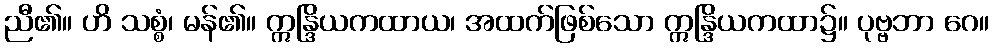
ညီ၏။ ဟိ သစ္စံ၊ မန်၏။ ဣန္ဒြိယကထာယ၊ အထက်ဖြစ်သော ဣန္ဒြိယကထာ၌။ ပုဗ္ဗဘာ ဂေ။